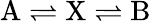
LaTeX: \mathrm{A}\rightleftharpoons\mathrm{X}\rightleftharpoons\mathrm{B}